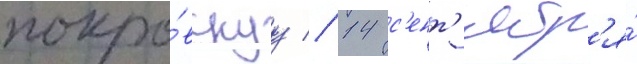
покро́вскуу // 14 с'ент'ябр'я́